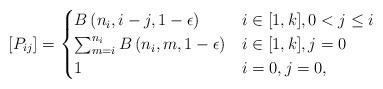
LaTeX: \begin{align*}\left[P_{ij}\right]=\begin{cases}B\left(n_{i},i-j,1-\epsilon\right) & i\in[1,k],0<j\leq i\\\sum_{m=i}^{n_{i}}B\left(n_{i},m,1-\epsilon\right) & i\in[1,k],j=0\\1 & i=0,j=0,\end{cases}\end{align*}